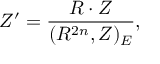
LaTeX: { \cal Z } ^ { \prime } = \frac { R \cdot { \cal Z } } { ( R ^ { 2 n } , { \cal Z } ) _ { E } } ,